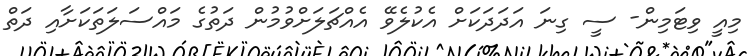
މިއީ ވިޓަމިން- ސީ ގިނަ އަދަދަކަށް އެކުލެވޭ އެއްޗަލަށްވުމުން ދަތުގެ މައްސަލަތަކަށާއި ދަތް